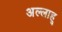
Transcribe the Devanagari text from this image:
अल्लाहू